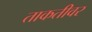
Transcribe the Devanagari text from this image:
ताकतीवर